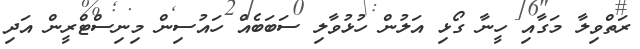
ރަތްވިލާ މަގާއި ހީނާ ގޯޅި އަލުން ހުޅުވާލި ސަބަބެއް ހައުސިން މިނިސްޓްރީން އަދި